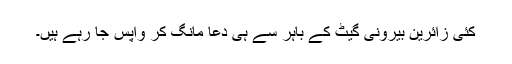
کئی زائرین بیرونی گیٹ کے باہر سے ہی دعا مانگ کر واپس جا رہے ہیں۔